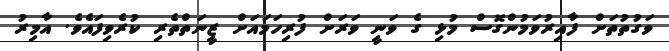
ވަގުތުތަށް ފާއިރުވަމުންގޮސް މުޅި ގެ ވަނީ ވަރަށް ފުރިހަމައަށް ޒީނަތްތެރި ކުރެވިފައެވެ. އާމިރު